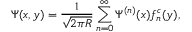
\Psi ( { x } , y ) = \frac { 1 } { \sqrt { 2 \pi R } } \sum _ { n = 0 } ^ { \infty } \Psi ^ { ( n ) } ( { x } ) f _ { n } ^ { c } ( y ) ,